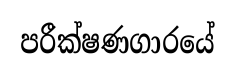
පරීක්ෂණගාරයේ